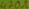
Text: 470Ω